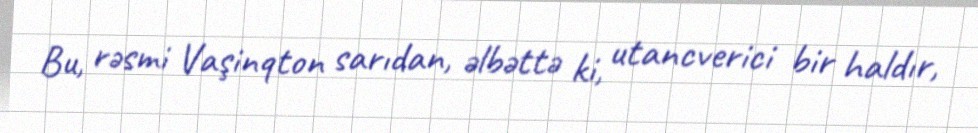
Bu, rəsmi Vaşinqton sarıdan, əlbəttə ki, utancverici bir haldır,